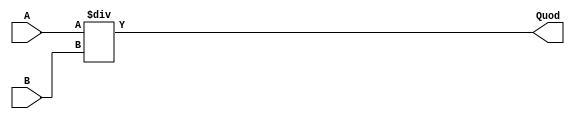
module Div(Quod,A,B);

parameter size = 32;
input [size-1:0] A,B;
output reg [size-1:0] Quod;

always @(*)
Quod <= A/B;

endmodule